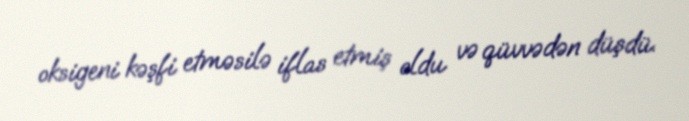
oksigeni kəşfi etməsilə iflas etmiş oldu və qüvvədən düşdü.